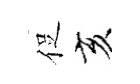
促亥